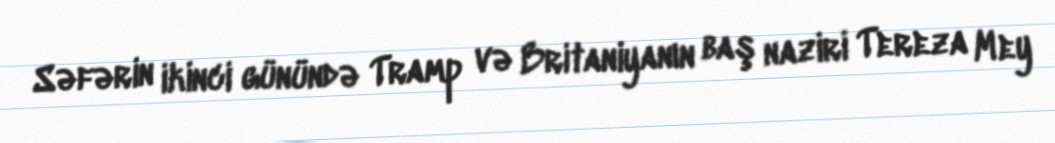
Səfərin ikinci günündə Tramp və Britaniyanın baş naziri Tereza Mey